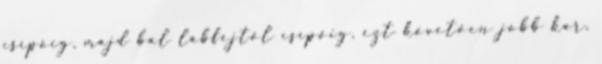
csípőig, majd bal lábfejtől csípőig, ezt követően jobb kar,